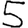
Digit: 5